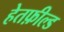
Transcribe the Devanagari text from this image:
हेतफ़ील्ड